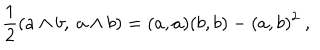
{ \frac { 1 } { 2 } } ( a \wedge b , \ a \wedge b ) = ( a , a ) ( b , b ) - ( a , b ) ^ { 2 } \ ,